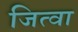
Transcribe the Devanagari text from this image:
जित्वा